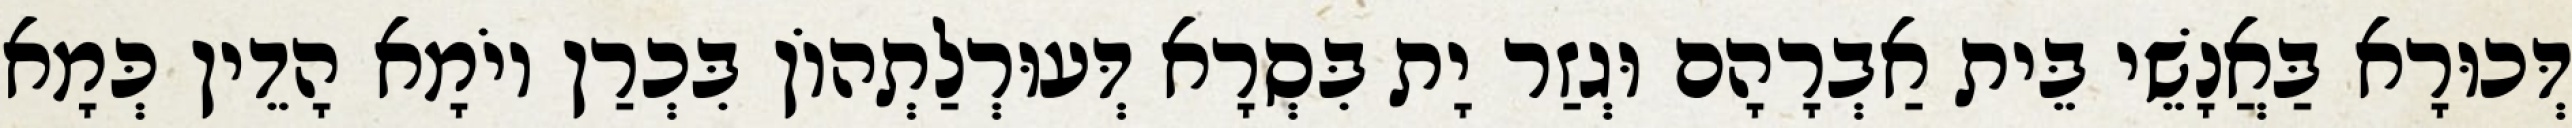
דְּכוּרָא בַּאֲנָשֵׁי בֵּית אַבְרָהָם וּגְזַר יָת בִּסְרָא דְּעוּרְלַתְהוֹן בִּכְרַן יוֹמָא הָדֵין כְּמָא